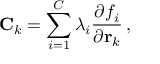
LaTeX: \mathbf { C } _ { k } = \sum _ { i = 1 } ^ { C } \lambda _ { i } { \frac { \partial f _ { i } } { \partial \mathbf { r } _ { k } } } \, ,